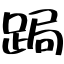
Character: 跼